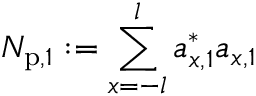
N _ { \mathrm { p } , 1 } : = \sum _ { x = - l } ^ { l } a _ { x , 1 } ^ { \ast } a _ { x , 1 }